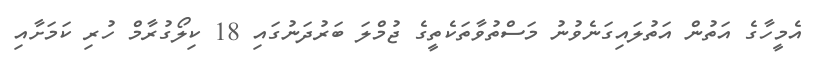
އެމީހާގެ އަތުން އަތުލައިގަނެވުނު މަސްތުވާތަކެތީގެ ޖުމްލަ ބަރުދަނުގައި 18 ކިލޯގުރާމް ހުރި ކަމަށާއި